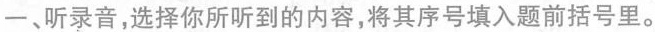
一、听录音，选择你所听到的内容，将其序号填入题前括号里。